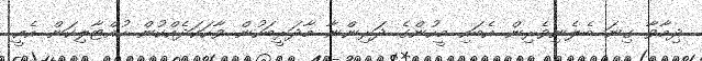
ދިމާވާ ގިނަ ބެލެނިވެރިން އެބައި މީހުންގެ ދަރިންނާ މާދަރީބަހުން ވާހަކަދެއްކުން ހުއްޓާލިކަން އެއީ